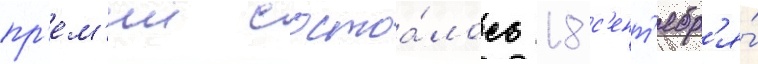
пр'ем'ии состоа́лось 18 с'ент'ябр'я́